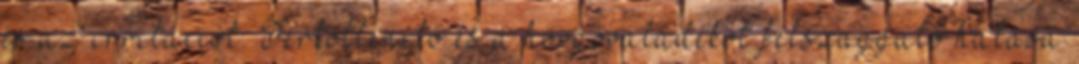
és az irritációt. Fertőtlenítő és a hörgőváladékot felszaggató hatása